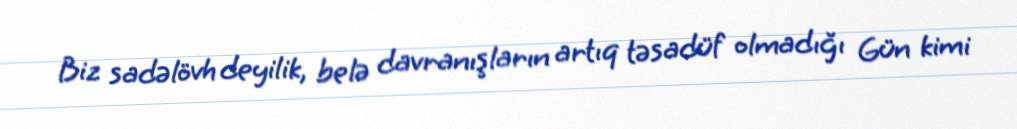
Biz sadəlövh deyilik, belə davranışların artıq təsadüf olmadığı Gün kimi